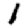
Digit: 1